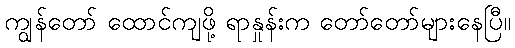
ကျွန်တော် ထောင်ကျဖို့ ရာနှုန်းက တော်တော်များနေပြီ။